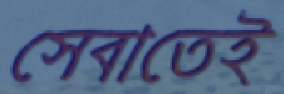
সেবাতেই